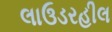
લાઉડરહીલ